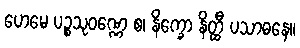
ဟေမေ ပဉ္စသုဝဏ္ဏေ စ၊ နိက္ခော နိတ္ထီ ပသာဓနေ။